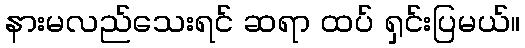
နားမလည်သေးရင် ဆရာ ထပ် ရှင်းပြမယ်။